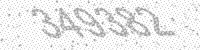
Solution: 349382